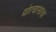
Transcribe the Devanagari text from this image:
बोत्वासाचा